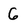
Character: 6